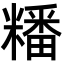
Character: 䊩